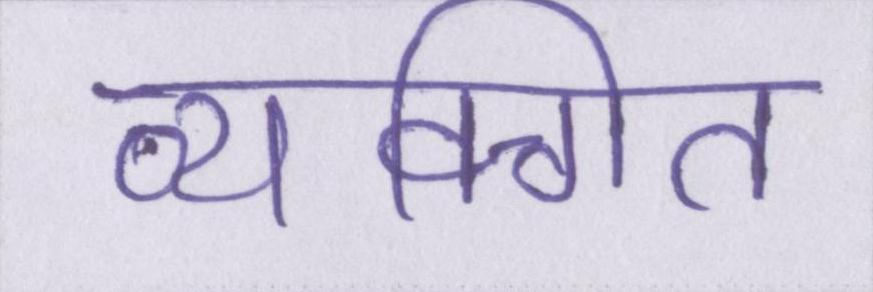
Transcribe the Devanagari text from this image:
व्यक्गित